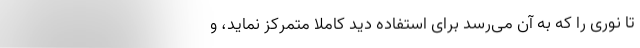
تا نوری را که به آن می‌رسد برای استفاده دید کاملاً متمرکز نماید، و